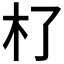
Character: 𣎸